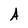
Character: A